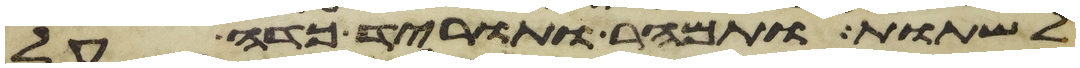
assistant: לשתות ותמהר ותורד כדה על